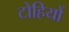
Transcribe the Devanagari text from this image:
टोहियों